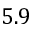
5 . 9